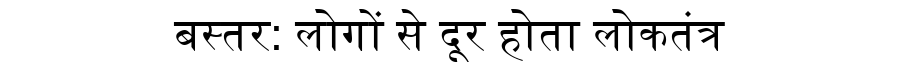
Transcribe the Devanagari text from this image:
बस्तर: लोगों से दूर होता लोकतंत्र